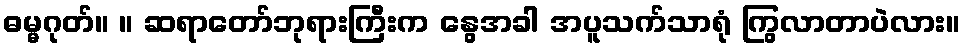
ဓမ္မဂုတ်။ ။ ဆရာတော်ဘုရားကြီးက နွေအခါ အပူသက်သာရုံ ကြွလာတာပဲလား။